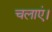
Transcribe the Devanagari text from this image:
चलाएं।